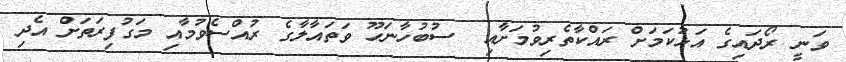
ވަނީ ރޯދައިގެ އަޅުކަމަށް ރައްކާތެރިވުމަށާއި  ސުބުހާނަހޫ ވަތައާލާގެ ރުއްސެވުމާއި މަގުފިރަތަށް އެދި